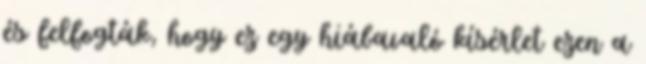
és felfogták, hogy ez egy hiábavaló kísérlet ezen a